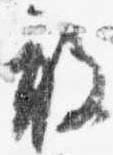
敢